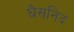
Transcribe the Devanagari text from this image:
घैसनिद